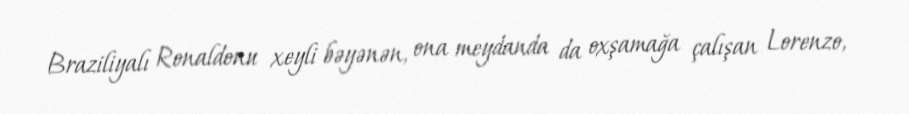
Braziliyalı Ronaldonu xeyli bəyənən, ona meydanda da oxşamağa çalışan Lorenzo,